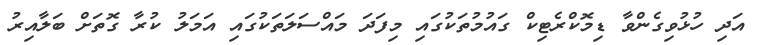
އަދި ހުޅުވިގެންވާ ޑިމޮކްރެޓިކް ގައުމުތަކުގައި މިފަދަ މައްސަލަތަކުގައި އަމަލު ކުރާ ގޮތަށް ބަލާއިރު